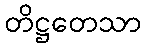
တိဋ္ဌတေသာ